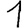
Digit: 1